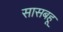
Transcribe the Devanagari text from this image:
सासबहू